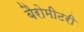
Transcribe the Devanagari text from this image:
बैरोमीटरी